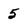
Character: 5